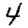
Digit: 4